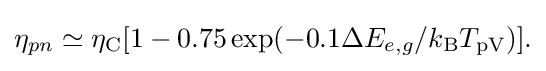
{\begin{aligned}\eta _{pn}\simeq \eta _{\mathrm {C} }[1-0.75\exp(-0.1\Delta E_{e,g}/k_{\mathrm {B} }T_{\mathrm {pV} })].\end{aligned}}